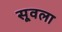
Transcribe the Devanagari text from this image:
सूवला